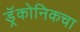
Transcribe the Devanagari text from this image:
ड्रॅकोनिकचा